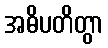
အဓိပတိတွာ